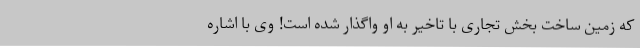
که زمین ساخت بخش تجاری با تاخیر به او واگذار شده است! وی با اشاره